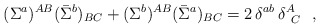
\begin{align*}(\Sigma^a)^{AB}(\bar\Sigma^b)_{BC} + (\Sigma^b)^{AB}(\bar\Sigma^a)_{BC} = 2\,\delta^{ab}\,\delta^A_{\,\,\,C}~~,\end{align*}